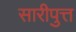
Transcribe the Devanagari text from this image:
सारीपुत्त